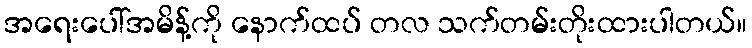
အရေးပေါ်အမိန့်ကို နောက်ထပ် တလ သက်တမ်းတိုးထားပါတယ်။